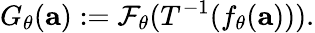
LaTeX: G_{\theta}(\mathbf{a}):=\mathcal{F}_{\theta}(T^{-1}(f_{\theta}(\mathbf{a}))).